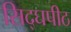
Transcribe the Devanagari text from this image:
सिद्घपीठ